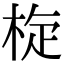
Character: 𣒀